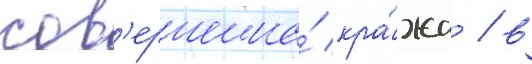
сов'ершена́ кра́жа / в